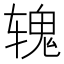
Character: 𬨐